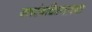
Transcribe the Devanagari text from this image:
जलरंगचित्रणाच्या